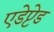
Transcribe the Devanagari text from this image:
एडेप्टेड